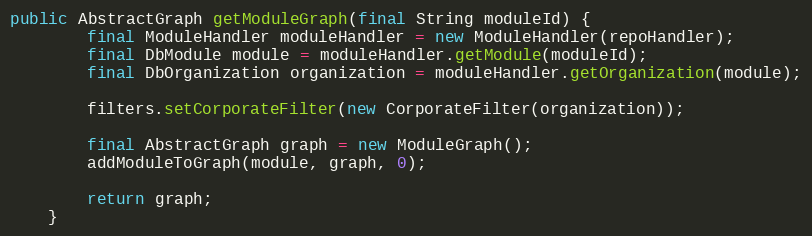
Language: Java
public AbstractGraph getModuleGraph(final String moduleId) {
        final ModuleHandler moduleHandler = new ModuleHandler(repoHandler);
        final DbModule module = moduleHandler.getModule(moduleId);
        final DbOrganization organization = moduleHandler.getOrganization(module);

        filters.setCorporateFilter(new CorporateFilter(organization));

        final AbstractGraph graph = new ModuleGraph();
        addModuleToGraph(module, graph, 0);

        return graph;
    }